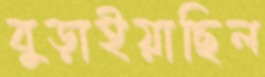
বুড়াইয়াছিল